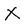
Character: X